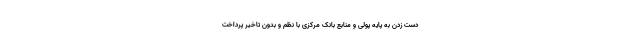
دست زدن به پایه پولی و منابع بانک مرکزی با نظم و بدون تاخیر پرداخت